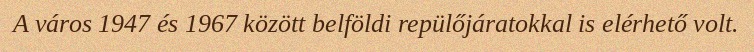
A város 1947 és 1967 között belföldi repülőjáratokkal is elérhető volt.